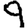
Digit: 9